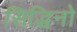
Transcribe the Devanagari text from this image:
सिद्धिनो